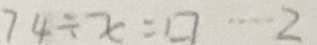
7 4 \div x = \square \cdots 2